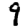
Digit: 9